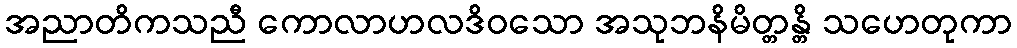
အညာတိကသညီ ကောလာဟလဒိဝသော အသုဘနိမိတ္တန္တိ သဟေတုကာ